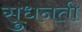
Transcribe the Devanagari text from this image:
सुधनती